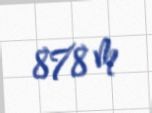
878 m